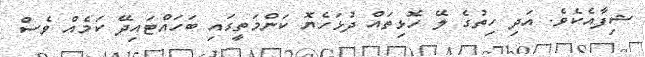
ޝިފާއެކެވެ. އަދި ހިތުގެ ލޭ ހޮޅިތައް ދުޅަހެޔޮ ކަންމަތީގައި ބަހައްޓައިދޭ ކަމެއް ވެސް